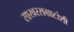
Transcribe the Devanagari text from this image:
साखरसम्राटांशी